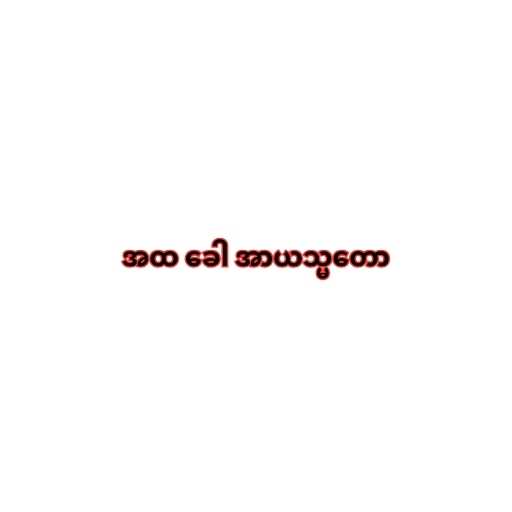
အထ ခေါ အာယသ္မတော